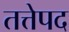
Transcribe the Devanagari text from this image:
तत्तेपद